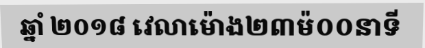
ឆ្នាំ ២០១៨ វេលាម៉ោង២៣ម៉០០នាទី